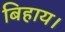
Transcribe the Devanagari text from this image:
बिहाय।